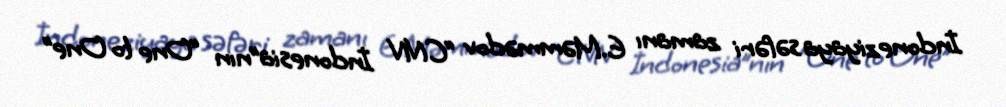
İndoneziyaya səfəri zamanı E.Məmmədov “CNN İndonesia”nın “One to One”